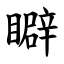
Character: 䁹